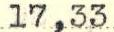
17,33